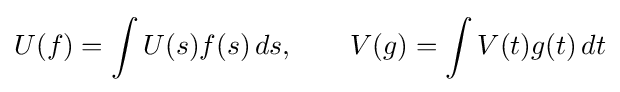
U(f)=\int U(s)f(s)\,ds,\qquad V(g)=\int V(t)g(t)\,dt